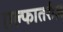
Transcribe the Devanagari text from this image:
एल्फातरीज़